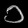
Digit: ၁